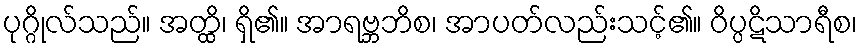
ပုဂ္ဂိုလ်သည်။ အတ္ထိ၊ ရှိ၏။ အာရဗ္ဘဘိစ၊ အာပတ်လည်းသင့်၏။ ဝိပ္ပဋိသာရီစ၊